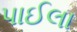
પાઈલા